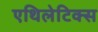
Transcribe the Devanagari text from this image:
एथिलेटिक्स